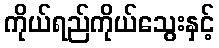
ကိုယ်ရည်ကိုယ်သွေးနှင့်